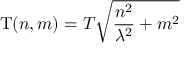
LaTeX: \mathrm { T } ( n , m ) = T \sqrt { \frac { n ^ { 2 } } { \lambda ^ { 2 } } + m ^ { 2 } }